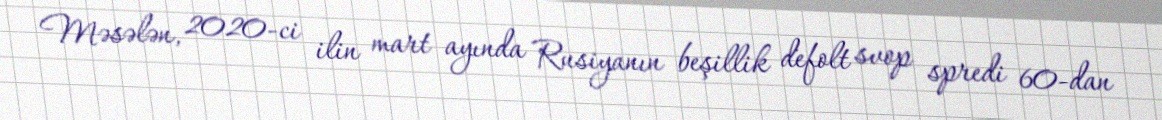
Məsələn, 2020-ci ilin mart ayında Rusiyanın beşillik defolt svop spredi 60-dan